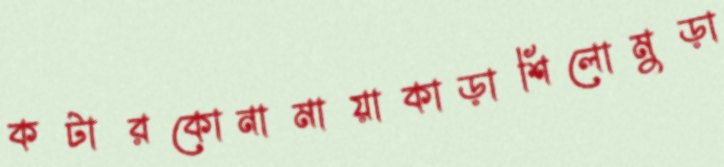
কটারকোনামায়াকাড়াশিলোমুড়া